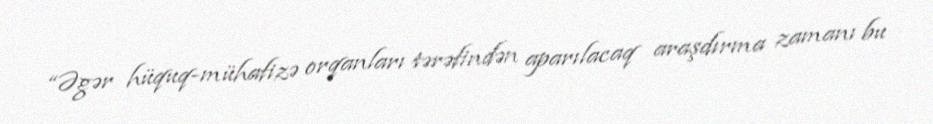
“Əgər hüquq-mühafizə orqanları tərəfindən aparılacaq araşdırma zamanı bu